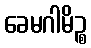
ခေမဂါမိဉ္စ